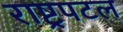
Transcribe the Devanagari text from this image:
राष्ट्रपटल